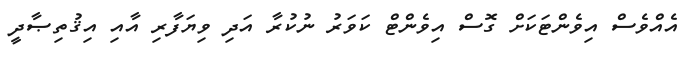
އެއްވެސް އިވެންޓަކަށް ގޮސް އިވެންޓް ކަވަރު ނުކުރާ އަދި ވިޔަފާރި އާއި އިޤުތިޞާދީ